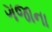
ગજાના